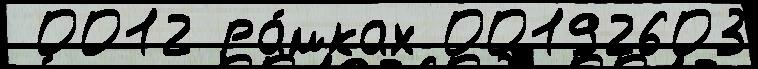
 0012 ра́мках 00192603